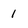
Character: 1